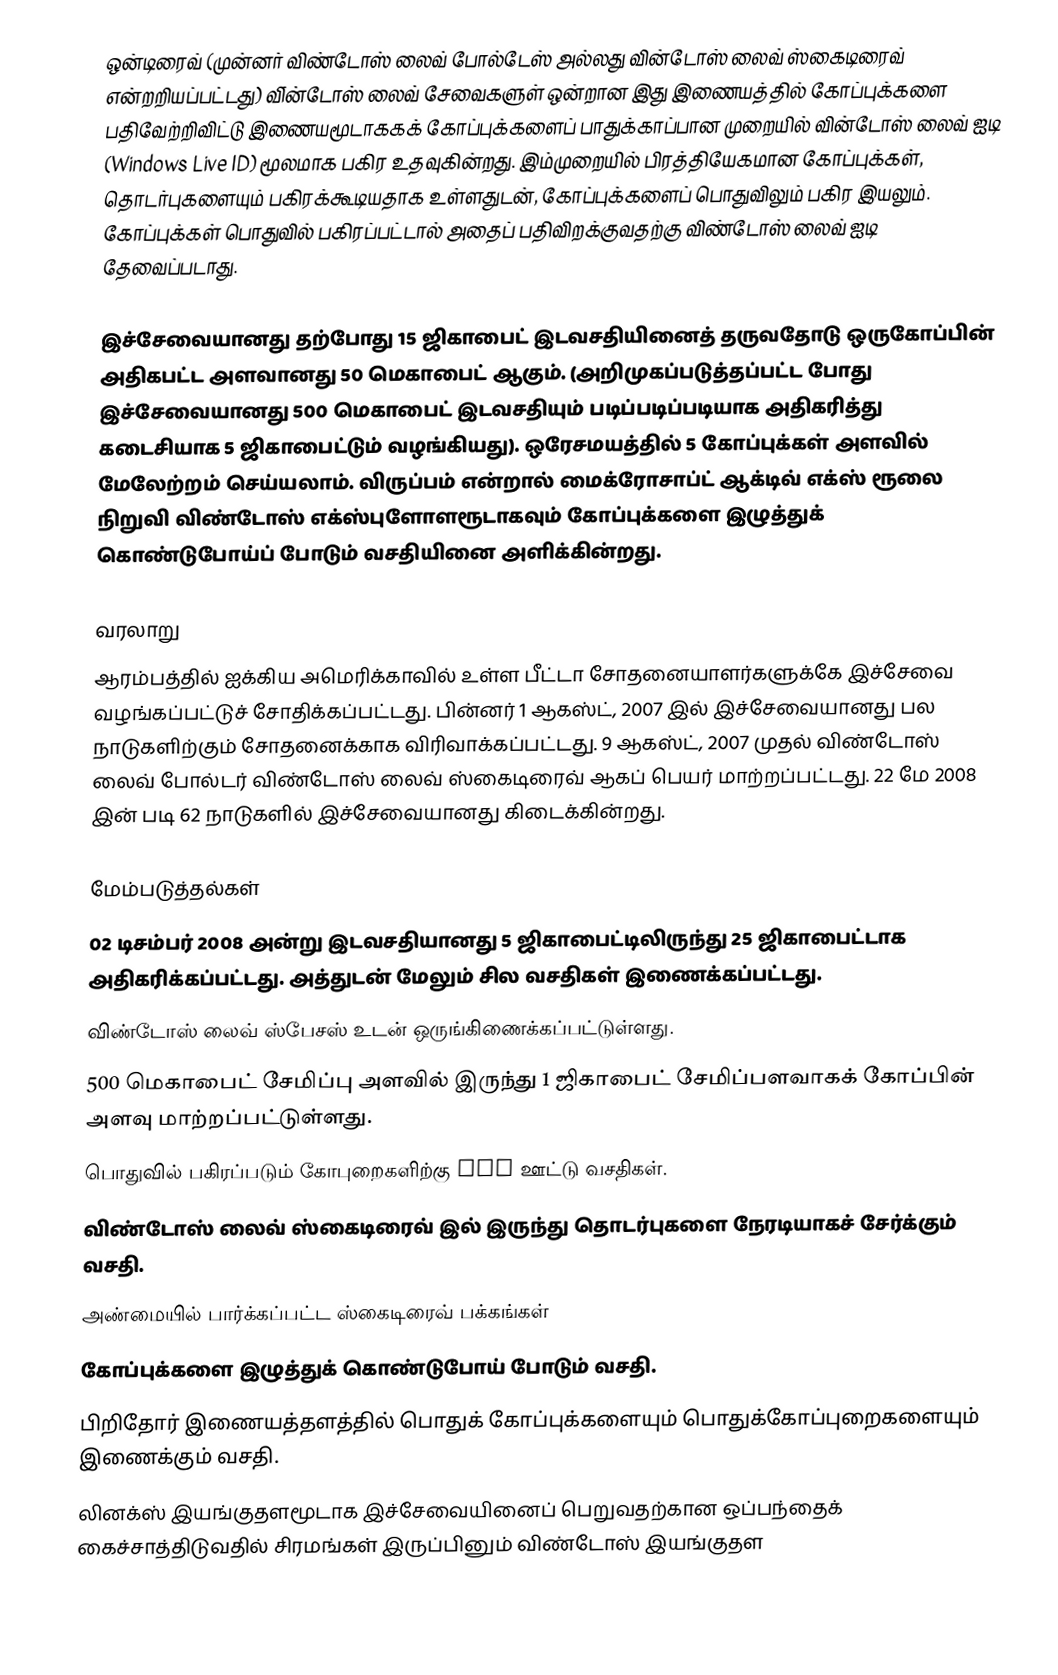
ஒன்டிரைவ் (முன்னர் விண்டோஸ் லைவ் போல்டேஸ் அல்லது வின்டோஸ் லைவ் ஸ்கைடிரைவ்  என்றறியப்பட்டது) வி்ன்டோஸ் லைவ் சேவைகளுள் ஒன்றான இது இணையத்தில் கோப்புக்களை பதிவேற்றிவிட்டு இணையமூடாககக் கோப்புக்களைப் பாதுக்காப்பான முறையில் வின்டோஸ் லைவ் ஐடி (Windows Live ID) மூலமாக பகிர உதவுகின்றது. இம்முறையில் பிரத்தியேகமான கோப்புக்கள், தொடர்புகளையும் பகிரக்கூடியதாக உள்ளதுடன், கோப்புக்களைப் பொதுவிலும் பகிர இயலும். கோப்புக்கள் பொதுவில் பகிரப்பட்டால் அதைப் பதிவிறக்குவதற்கு விண்டோஸ் லைவ் ஐடி தேவைப்படாது.

இச்சேவையானது தற்போது 15 ஜிகாபைட் இடவசதியினைத் தருவதோடு ஒருகோப்பின் அதிகபட்ட அளவானது 50 மெகாபைட் ஆகும். (அறிமுகப்படுத்தப்பட்ட போது இச்சேவையானது 500 மெகாபைட் இடவசதியும் படிப்படிப்படியாக அதிகரித்து கடைசியாக 5 ஜிகாபைட்டும் வழங்கியது). ஒரேசமயத்தில் 5 கோப்புக்கள் அளவில் மேலேற்றம் செய்யலாம். விருப்பம் என்றால் மைக்ரோசாப்ட் ஆக்டிவ் எக்ஸ் ரூலை நிறுவி விண்டோஸ் எக்ஸ்புளோளரூடாகவும் கோப்புக்களை இழுத்துக் கொண்டுபோய்ப் போடும் வசதியினை அளிக்கின்றது.

வரலாறு
ஆரம்பத்தில் ஐக்கிய அமெரிக்காவில் உள்ள பீட்டா சோதனையாளர்களுக்கே இச்சேவை வழங்கப்பட்டுச் சோதிக்கப்பட்டது. பின்னர் 1 ஆகஸ்ட், 2007 இல் இச்சேவையானது பல நாடுகளிற்கும் சோதனைக்காக விரிவாக்கப்பட்டது. 9 ஆகஸ்ட், 2007 முதல் விண்டோஸ் லைவ் போல்டர் விண்டோஸ் லைவ் ஸ்கைடிரைவ் ஆகப் பெயர் மாற்றப்பட்டது. 22 மே 2008 இன் படி 62 நாடுகளில் இச்சேவையானது கிடைக்கின்றது.

மேம்படுத்தல்கள்
02 டிசம்பர் 2008 அன்று இடவசதியானது 5 ஜிகாபைட்டிலிருந்து 25 ஜிகாபைட்டாக அதிகரிக்கப்பட்டது. அத்துடன் மேலும் சில வசதிகள் இணைக்கப்பட்டது.
விண்டோஸ் லைவ் ஸ்பேசஸ் உடன் ஒருங்கிணைக்கப்பட்டுள்ளது.
 500 மெகாபைட் சேமிப்பு அளவில் இருந்து 1 ஜிகாபைட் சேமிப்பளவாகக் கோப்பின் அளவு மாற்றப்பட்டுள்ளது.
பொதுவில் பகிரப்படும் கோபுறைகளிற்கு RSS ஊட்டு வசதிகள்.
விண்டோஸ் லைவ் ஸ்கைடிரைவ் இல் இருந்து தொடர்புகளை நேரடியாகச் சேர்க்கும் வசதி.
அண்மையில் பார்க்கப்பட்ட ஸ்கைடிரைவ் பக்கங்கள்
கோப்புக்களை இழுத்துக் கொண்டுபோய் போடும் வசதி.
பிறிதோர் இணையத்தளத்தில் பொதுக் கோப்புக்களையும் பொதுக்கோப்புறைகளையும் இணைக்கும் வசதி.
லினக்ஸ் இயங்குதளமூடாக இச்சேவையினைப் பெறுவதற்கான ஒப்பந்தைக் கைச்சாத்திடுவதில் சிரமங்கள் இருப்பினும் விண்டோஸ் இயங்குதள